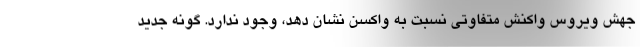
جهش ویروس واکنش متفاوتی نسبت به واکسن نشان دهد، وجود ندارد. گونه جدید